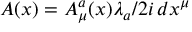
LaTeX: A ( x ) = A _ { \mu } ^ { a } ( x ) \lambda _ { a } / 2 i \, d x ^ { \mu }